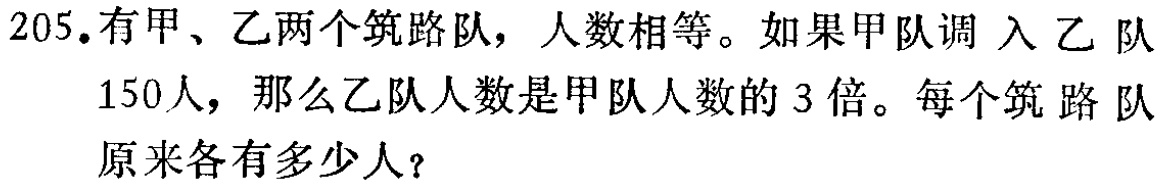
205. 有甲、乙两个筑路队，人数相等。如果甲队调入乙队150人，那么乙队人数是甲队人数的3倍。每个筑路队原来各有多少人？